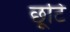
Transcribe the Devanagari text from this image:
छूटि